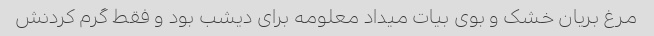
مرغ بریان خشک و بوی بیات میداد معلومه برای دیشب بود و فقط گرم کردنش